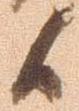
候